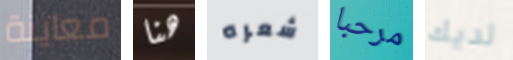
معاينة هنا شعره مرحبا لديك